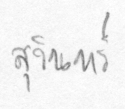
สุรินทร์